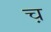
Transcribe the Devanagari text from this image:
च़